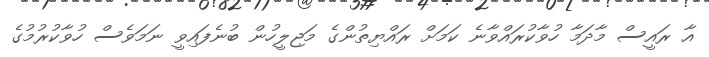
އާ ރައީސް މާދަމާ ހުވާކުރައްވާނެ ކަމަށް ރައްޔިތުންގެ މަޖިލީހުން ބުނެފައިވީ ނަމަވެސް ހުވާކުރުމުގެ